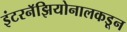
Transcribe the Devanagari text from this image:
इंटरनॅझियोनालकडून